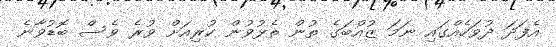
އެފަދަ ދުވަހެއްގައި ނަމަ ޒުއްބަގެ ތުން ތެޅުވުން ކުރިއަށް ވުރެ ވެސް ބޮޑުވާނެ